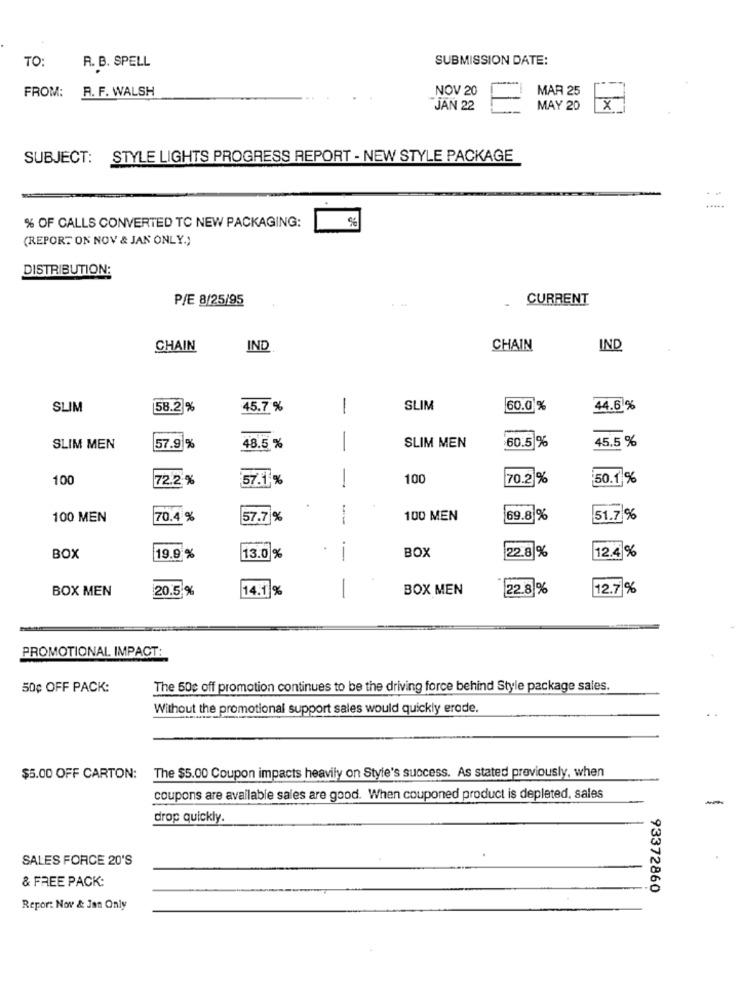
TO:
SUBMISSION DATE:
R. B. SPELL
FROM:
R. F. WALSH
NOV 20
MAR 25
JAN 22
F
MAY 20
x
SUBJECT:
STYLE LIGHTS PROGRESS REPORT - NEW STYLE PACKAGE
.....
%
% OF CALLS CONVERTED TC NEW PACKAGING:
(REPORT ON NOV & JAN ONLY.)
DISTRIBUTION:
P/E 8/25/95
CURRENT
CHAIN
IND
CHAIN
IND
SLIM
58.2 %
45.7 %
1
SLIM
60.0 %
44.6 %
SLIM MEN
60.5 %
45.5 %
SLIM MEN
57.9%
48.5 %
-
100
72.2 %
57.1%
100
70.2%
50.1%
-
100 MEN
70.4 %
57.7%
--
100 MEN
69.8 %
51.7 %
1
22.8 %
12.4 %
BOX
19.9 %
13.0%
BOX
BOX MEN
20.5 %
14.1 %
-
BOX MEN
22.8 %
12.7 %
PROMOTIONAL IMPACT:
50¢ OFF PACK:
The 50g off promotion continues to be the driving force behind Style package sales.
Without the promotional support sales would quickly erade.
$5.00 OFF CARTON:
The $5.00 Coupon impacts heavily on Style's success. As stated previously, when
coupons are available sales are good. When couponed product is depleted, sales
drop quickly.
SALES FORCE 20'S
& FREE PACK:
93372860
Repor: Nov & Jan Only